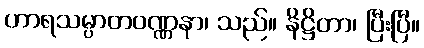
ဟာရသမ္ပာတဝဏ္ဏနာ၊ သည်။ နိဋ္ဌိတာ၊ ပြီးပြီ။